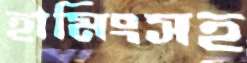
হামিংসহ